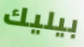
بيليك